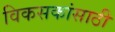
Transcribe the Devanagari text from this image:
विकसकांसाठी